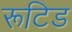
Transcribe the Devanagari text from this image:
रूटिड